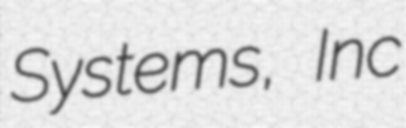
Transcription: Systems, Inc